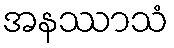
အနဿာသံ